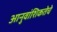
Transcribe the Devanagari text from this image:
आनुवांशिकतेचे